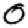
Digit: 0